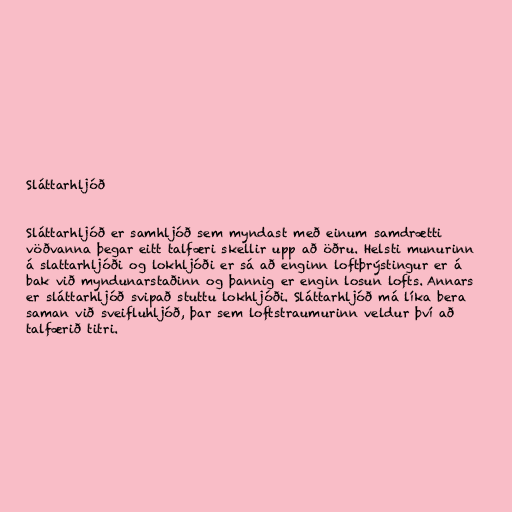
Sláttarhljóð

Sláttarhljóð er samhljóð sem myndast með einum samdrætti
vöðvanna þegar eitt talfæri skellir upp að öðru. Helsti munurinn
á slattarhljóði og lokhljóði er sá að enginn loftþrýstingur er á
bak við myndunarstaðinn og þannig er engin losun lofts. Annars
er sláttarhljóð svipað stuttu lokhljóði. Sláttarhljóð má líka bera
saman við sveifluhljóð, þar sem loftstraumurinn veldur því að
talfærið titri.